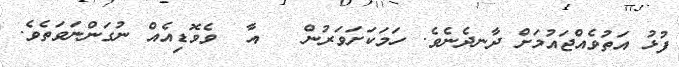
ފުޅު އަތުވެއްޖައުމަށް ދާނދެނެވެ. ހަމަކަށަވަރުން   އާ  ވެވޮޑިއެއް ނުގަންނަވަތެވެ.